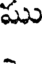
ము